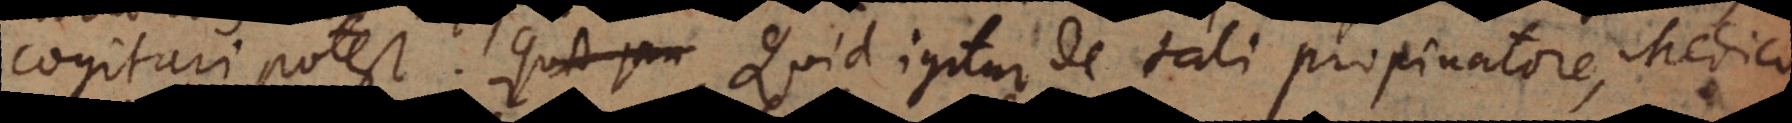
cogitari potest. Quid igitur de tali propinatore, Medic